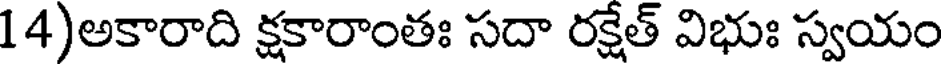
14)అకారాది క్షకారాంతః సదా రక్షేత్ విభుః స్వయం